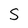
Character: S